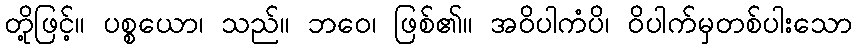
တို့ဖြင့်။ ပစ္စယော၊ သည်။ ဘဝေ၊ ဖြစ်၏။ အဝိပါကံပိ၊ ဝိပါက်မှတစ်ပါးသော